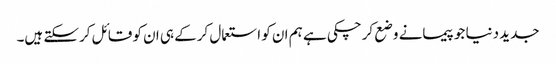
جدید دنیا جو پیمانے وضع کرچکی ہے ہم ان کو استعمال کرکے ہی ان کو قائل کرسکتے ہیں۔